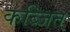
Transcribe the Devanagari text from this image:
कब्जित